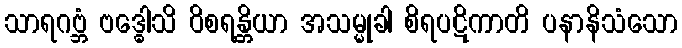
သာရဂဗ္ဘံ ဗဒ္ဓေါသိ ဝိစရန္တိယာ အသမ္မုခါ စိရပဋိကာတိ ပနာနိသံသော